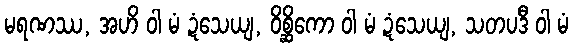
မရဏဿ, အဟိ ဝါ မံ ဍံသေယျ, ဝိစ္ဆိကော ဝါ မံ ဍံသေယျ, သတပဒီ ဝါ မံ